Insane asylums in Bengal annual reports 1867-1875 - 1867-1875
Year: 1867
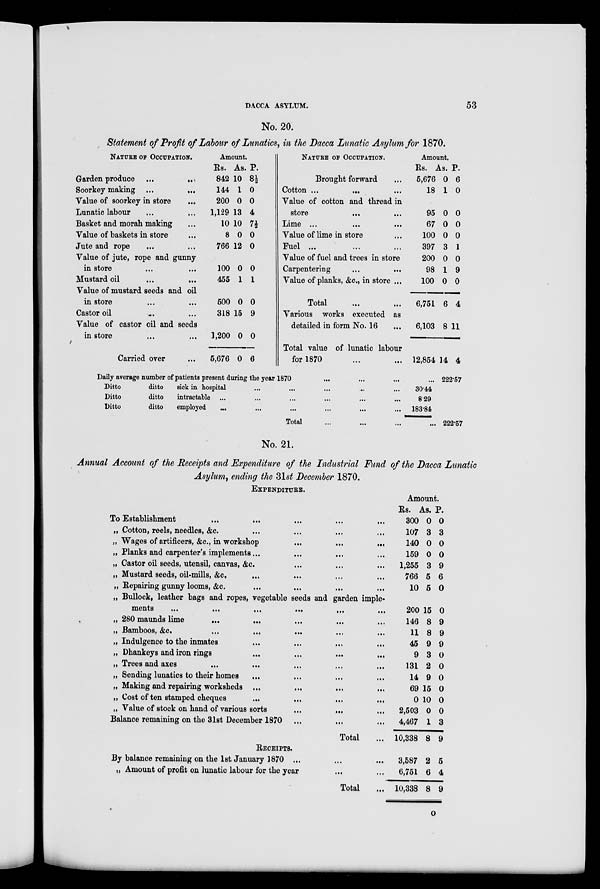
DACCA ASYLUM.
53
No. 20.
Statement of Profit of Labour of Lunatics, in the Dacca Lunatic Asylum for 1870.
NATURE OF OCCUPATION.
Garden produce
...
...
Soorkey making
...
...
Value of soorkey in store ...
Lunatic labour ... ...
Basket and morah making ...
Value of baskets in store ...
Jute and rope ... ...
Value of jute, rope and gunny
in store ... ...
Mustard oil
...
...
Value of mustard seeds and oil
in store ... ...
Castor oil ... ...
Value of castor oil and seeds
in store ... ...
Carried over ...
Amount.
Rs.
842
144
200
1,129
10
8
766
100
455
500
318
1,200
5,676
As.
10
1
0
13
10
0
12
0
1
0
15
0
0
P.
8½
0
0
4
7½
0
0
0
1
0
9
0
6
NATURE OF OCCUPATION.
Brought forward ...
Cotton ...
... ...
Value of cotton and thread in
store
...
...
Lime ...
...
...
Value of lime in store ...
Fuel ... ... ...
Value of fuel and trees in store
Carpentering ... ...
Value of planks, &c., in store ...
Total ... ...
Various works executed as
detailed in form No. 16 ...
Total value of lunatic labour
for 1870 ... ...
Amount.
Rs.
5,676
18
95
67
100
397
200
98
100
6,751
6,103
12,854
As.
0
1
0
0
0
3
0
1
0
6
8
14
P.
6
0
0
0
0
1
0
9
0
4
11
4
Daily average number of patients present during the year 1870 ... ... ...
Ditto
ditto
sick in hospital ... ... ... ... ... ...
Ditto
ditto
intractable ... ... ... ... ... ...
Ditto
ditto
employed
... ... ... ... ... ... ...
Total ... ... ...
...
30.44
8.29
183.84
...
222.57
222.57
No. 21.
Annual Account of the Receipts and Expenditure of the Industrial Fund of the Dacca Lunatic
Asylum, ending the 31st December 1870.
EXPENDITURE.
To Establishment ... ... ... ... ...
„ Cotton, reels, needles, &c. ... ... ... ...
„ Wages of artificers, &c., in workshop
...
...
...
„ Planks and carpenter's implements ... ... ...
„ Castor oil seeds, utensil, canvas, &c . ... ... ...
„ Mustard seeds, oil-mills, &c. ... ... ... ...
„ Repairing gunny looms, &c.
„ Bullock, leather bags and ropes, vegetable seeds and garden imple-
ments
...
...
...
...
...
...
...
...
„ 280 maunds lime ... ... ... ... ...
„ Bamboos, &c.
...
...
...
...
...
„ Indulgence to the inmates ... ... ... ...
„ Dhankeys and iron rings
...
...
...
...
„ Trees and axes ... ... ... ... ... ...
„ Sending lunatics to their homes ... ... ... ...
„ Making and repairing worksheds ... ... ... ...
„ Cost of ten stamped cheques ... ... ... ...
„ Value of stock on hand of various sorts
...
...
...
Balance remaining on the 31st December 1870 ... ... ...
Total
RECEIPTS.
By balance remaining on the 1st January 1870 ... ... ...
„ Amount of profit on lunatic labour for the year ... ...
Total ...
Amount.
Rs.
300
107
140
159
1,255
766
10
200
146
11
45
9
131
14
69
0
2,503
4,467
10,338
3,587
6,751
10,338
As .
0
3
0
0
3
5
5
15
8
8
9
3
2
9
15
10
0
1
8
2
6
8
P.
0
3
0
0
9
6
0
0
9
9
9
0
0
0
0
0
0
3
9
5
4
9
O